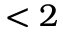
< 2